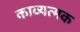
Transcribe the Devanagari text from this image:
काव्यत्मक